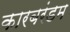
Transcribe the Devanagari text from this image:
कारबरंडम